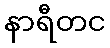
နာရီတင